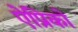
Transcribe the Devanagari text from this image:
ऐप्रिको